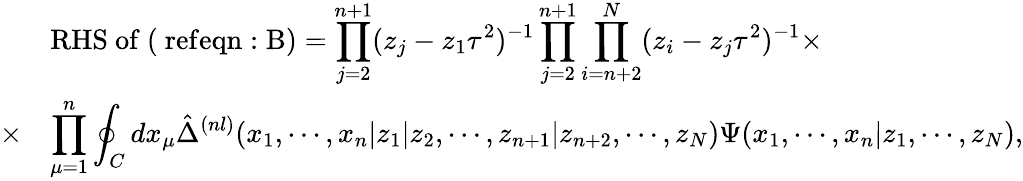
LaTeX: \begin{array}{rl}{{}}&{{\mathrm{RHS~of~(\ ref{eqn:B})}=\displaystyle\prod_{j=2}^{n+1}(z_{j}-z_{1}\tau^{2})^{-1}\displaystyle\prod_{j=2}^{n+1}\displaystyle\prod_{i=n+2}^{N}(z_{i}-z_{j}\tau^{2})^{-1}\times}}\\ {{\times}}&{{\displaystyle\prod_{\mu=1}^{n}\displaystyle\oint_{C}dx_{\mu}\hat{\Delta}^{(nl)}(x_{1},\cdots,x_{n}|z_{1}|z_{2},\cdots,z_{n+1}|z_{n+2},\cdots,z_{N})\Psi(x_{1},\cdots,x_{n}|z_{1},\cdots,z_{N}),}}\end{array}